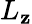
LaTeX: L_{\mathbf{z}}